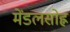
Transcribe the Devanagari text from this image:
मेंडलसोह्न